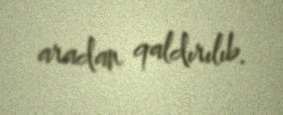
aradan qaldırılıb.